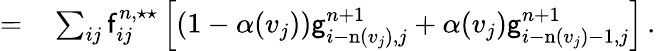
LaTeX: \begin{array}{rl}{=}&{{}\sum_{ij}\mathsf{f}_{ij}^{n,\star\star}\left[(1-\alpha(v_{j}))\mathsf{g}_{i-\mathrm{n}(v_{j}),j}^{n+1}+\alpha(v_{j})\mathsf{g}_{i-\mathrm{n}(v_{j})-1,j}^{n+1}\right]\, .}\end{array}